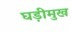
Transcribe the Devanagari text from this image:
घड़ीमुख